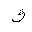
Letter: _qaf